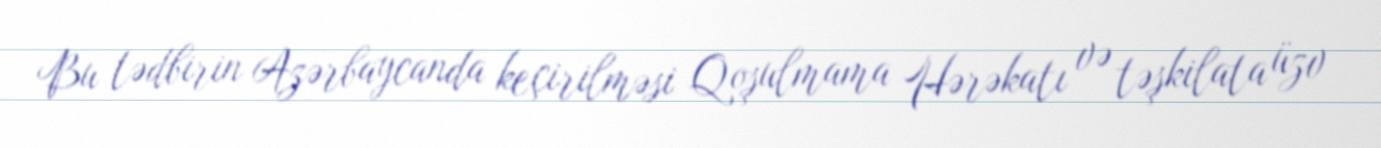
Bu tədbirin Azərbaycanda keçirilməsi Qoşulmama Hərəkatı və təşkilata üzv